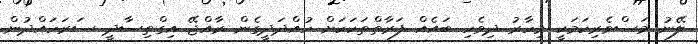
ލޭނު މަސްވެރިކަމަކީ މިހާރު ދިވެހި ބައެއް ފަރާތްތަކަކަށް ހުއްދަދީގެން ރާއްޖޭ އިގްތިސާދީ ސަރަހައްދުން